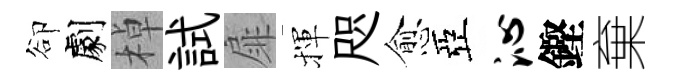
卻劇棹試扉揮咫愈亞沁鏗棄